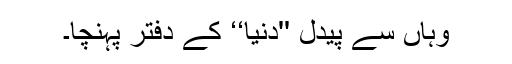
وہاں سے پیدل ''دنیا‘‘ کے دفتر پہنچا۔